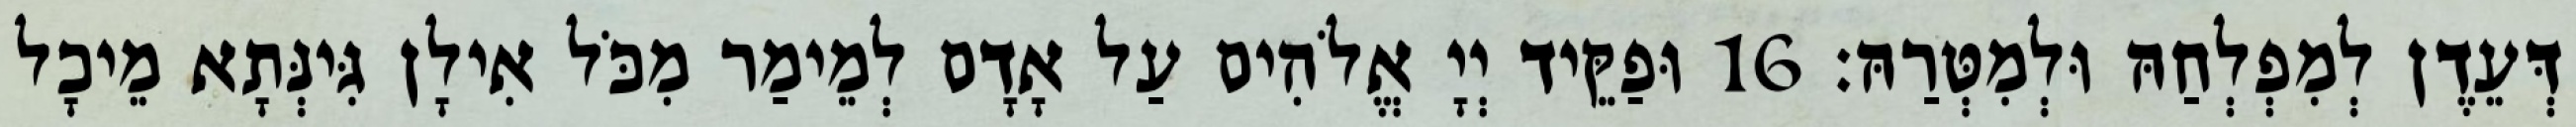
דְּעֵדֶן לְמִפְלְחַהּ וּלְמִטְּרַהּ׃ 16 וּפַקֵּיד יְיָ אֱלֹהִים עַל אָדָם לְמֵימַר מִכֹּל אִילָן גִּינְּתָא מֵיכָל